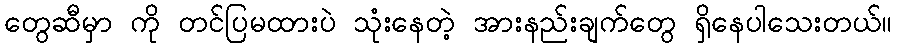
တွေဆီမှာ ကို တင်ပြမထားပဲ သုံးနေတဲ့ အားနည်းချက်တွေ ရှိနေပါသေးတယ်။